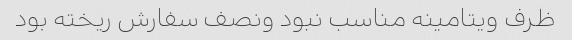
ظرف ویتامینه مناسب نبود ونصف سفارش ریخته بود